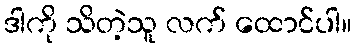
ဒါကို သိတဲ့သူ လက် ထောင်ပါ။